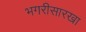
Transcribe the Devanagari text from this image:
भगरीसारखा